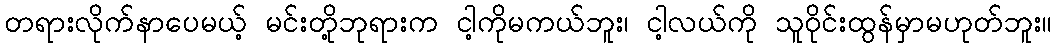
တရားလိုက်နာပေမယ့် မင်းတို့ဘုရားက ငါ့ကိုမကယ်ဘူး၊ ငါ့လယ်ကို သူဝိုင်းထွန်မှာမဟုတ်ဘူး။